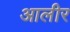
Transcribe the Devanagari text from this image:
आलीर